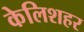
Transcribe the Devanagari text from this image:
केलिशहर